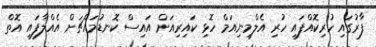
ފާރުގައި ހުރިކޮއްފައި ހުރި އެލްމިނިއަމް ހޮޅި ކައިރިއަށް އައިސް ކޮނޑުމައްޗަށް އެއްލާފައި އޮތް